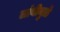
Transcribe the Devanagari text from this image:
लांबीमुळे